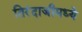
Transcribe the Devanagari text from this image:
तिरंदाजीमध्ये